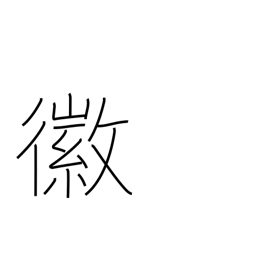
Meaning: good